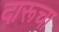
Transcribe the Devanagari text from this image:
दारूचा